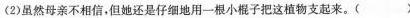
〈2)虽然母亲不相信，但她还是仔细地用一根小棍子把这植物支起来。()